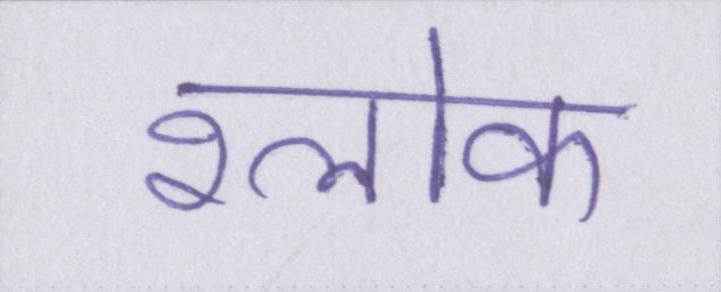
श्लोक